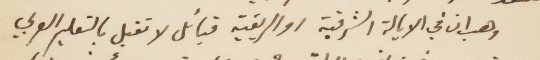
وهي ان في الايالة الشرقية او الريفية قبائل لا تقبل بالتعليم العربي